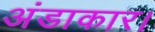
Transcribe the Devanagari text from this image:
अंडाकार।